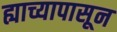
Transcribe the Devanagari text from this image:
ह्याच्यापासून